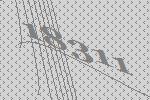
18311